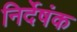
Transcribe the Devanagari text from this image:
निर्देषंक